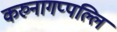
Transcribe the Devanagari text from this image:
करुनागप्पल्लि